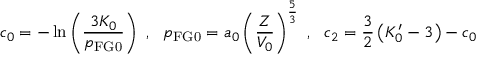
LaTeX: c _ { 0 } = - \ln \left( { \frac { 3 K _ { 0 } } { p _ { \mathrm { F G 0 } } } } \right) ~ , ~ ~ p _ { \mathrm { F G 0 } } = a _ { 0 } \left( { \frac { Z } { V _ { 0 } } } \right) ^ { \frac { 5 } { 3 } } ~ , ~ ~ c _ { 2 } = { \frac { 3 } { 2 } } \left( K _ { 0 } ^ { \prime } - 3 \right) - c _ { 0 }